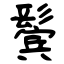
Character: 鬓